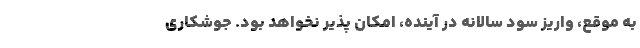
به موقع، واریز سود سالانه در آینده، امکان پذیر نخواهد بود. جوشکاری